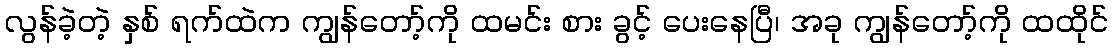
လွန်ခဲ့တဲ့ နှစ် ရက်ထဲက ကျွန်တော့်ကို ထမင်း စား ခွင့် ပေးနေပြီ၊ အခု ကျွန်တော့်ကို ထထိုင်